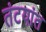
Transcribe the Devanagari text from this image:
तंटयांत